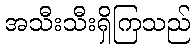
အသီးသီးရှိကြသည်